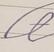
Signature authenticity: forged